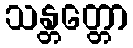
သန္တတ္တော